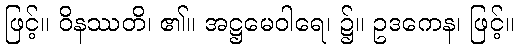
ဖြင့်။ ဝိနဿတိ၊ ၏။ အဋ္ဌမေဝါရေ၊ ၌။ ဥဒကေန၊ ဖြင့်။